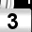
Digit: 3